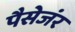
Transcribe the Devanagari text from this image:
पैसेजंर